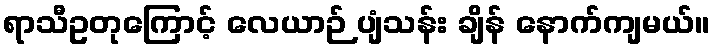
ရာသီဥတုကြောင့် လေယာဉ် ပျံသန်း ချိန် နောက်ကျမယ်။